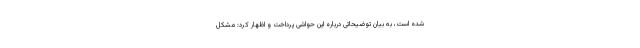
شده است، به بیان توضیحاتی درباره این حواشی پرداخت و اظهار کرد: مشکل